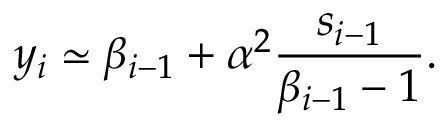
y _ { i } \simeq \beta _ { i - 1 } + \alpha ^ { 2 } \frac { s _ { i - 1 } } { \beta _ { i - 1 } - 1 } .